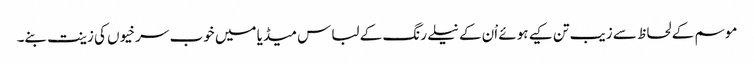
موسم کے لحاظ سے زیب تن کیے ہوئے اْن کے نیلے رنگ کے لباس میڈیا میں خوب سرخیوں کی زینت بنے۔